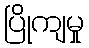
ပြိုကျမှု